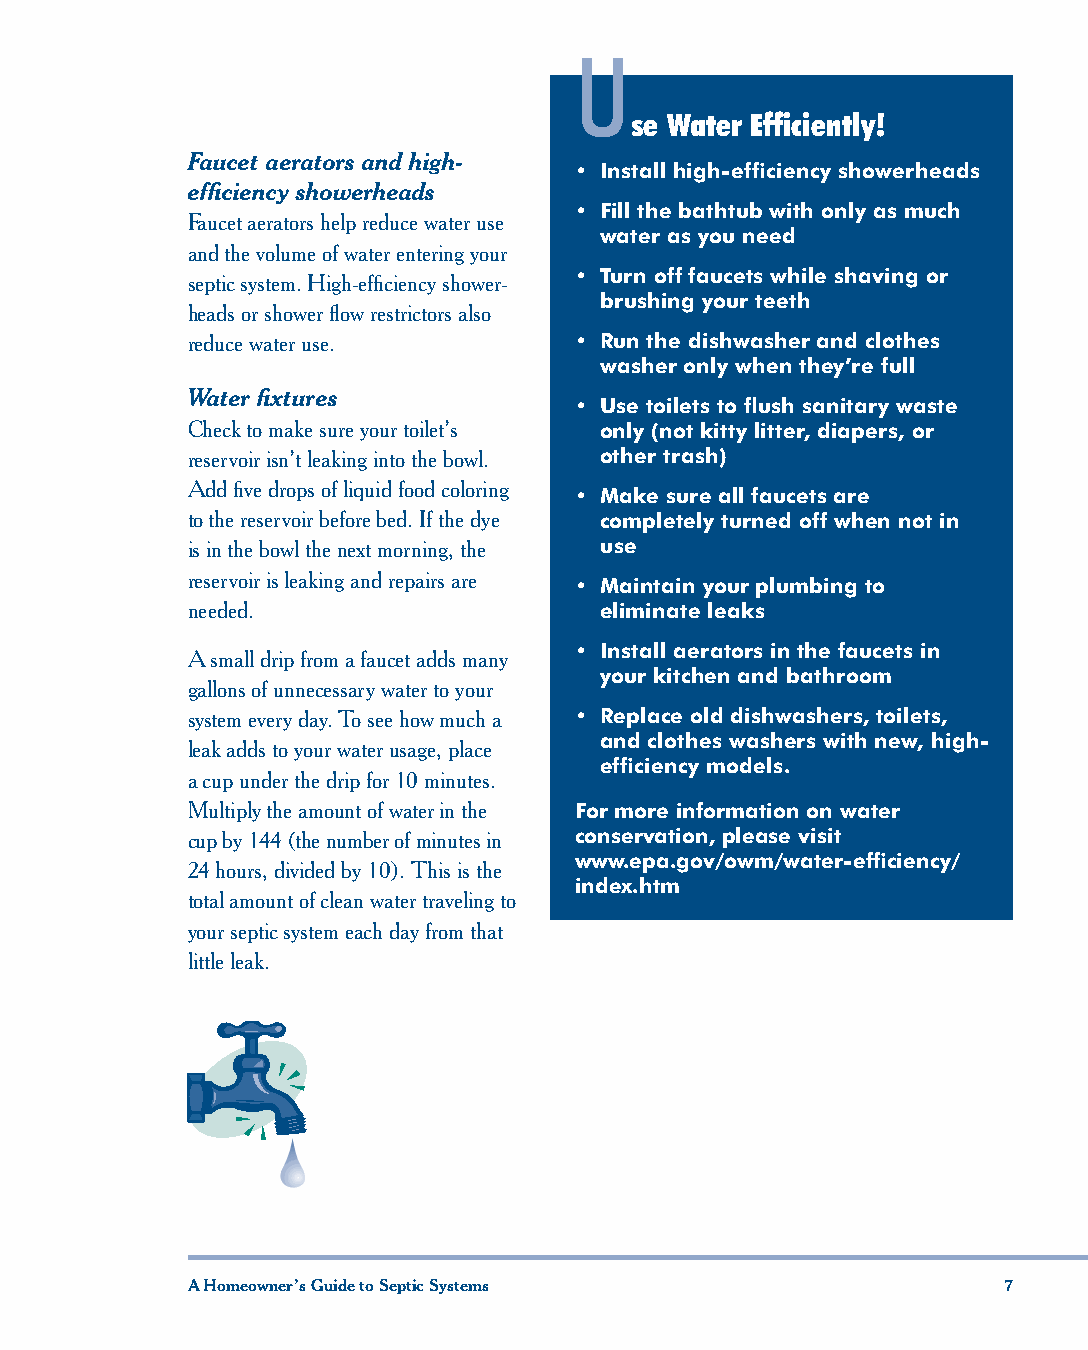
U
 se Water Efficiently!
 Faucet aerators and high-
 • Install high-efficiency showerheads
 efficiency showerheads
 • Fill the bathtub with only as much
 Faucet aerators help reduce water use
 water as you need
 and the volume of water entering your
 • Turn off faucets while shaving or
 septic system. High-efficiency shower-
 brushing your teeth
 heads or shower flow restrictors also
 reduce water use.         • Run the dishwasher and clothes
 washer only when they’re full
 Water fixtures
 • Use toilets to flush sanitary waste
 Check to make sure your toilet’s only (not kitty litter, diapers, or
 reservoir isn’t leaking into the bowl. other trash)
 Add five drops of liquid food coloring
 • Make sure all faucets are
 to the reservoir before bed. If the dye completely turned off when not in
 is in the bowl the next morning, the use
 reservoir is leaking and repairs are
 • Maintain your plumbing to
 needed.                     eliminate leaks
 • Install aerators in the faucets in
 A small drip from a faucet adds many
 your kitchen and bathroom
 gallons of unnecessary water to your
 system every day. To see how much a • Replace old dishwashers, toilets,
 and clothes washers with new, high-
 leak adds to your water usage, place
 efficiency models.
 a cup under the drip for 10 minutes.
 Multiply the amount of water in the For more information on water
 cup by 144 (the number of minutes in conservation, please visit
 www.epa.gov/owm/water-efficiency/
 24 hours, divided by 10). This is the
 index.htm
 total amount of clean water traveling to
 your septic system each day from that
 little leak.
 6 A Homeowner’s Guide to Septic Systems A Homeowner’s Guide to Septic Systems 7